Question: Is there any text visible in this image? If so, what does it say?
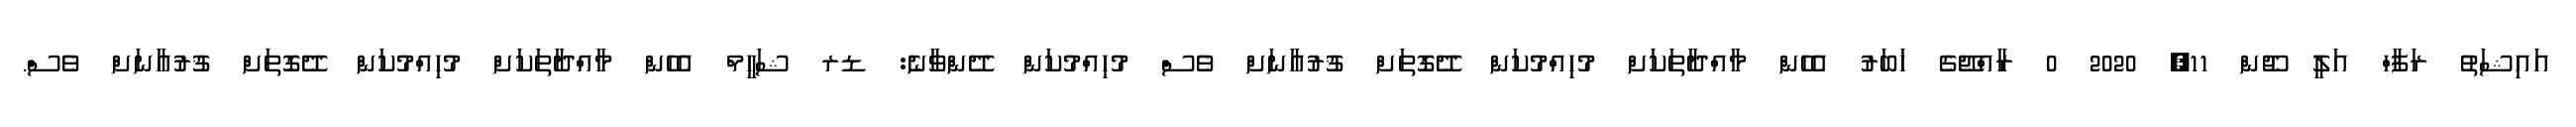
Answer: އައިޝަތު ރަފާހް އަލީ ޖޫން 11, 2020 0 ރާއްޖޭގެ ޚަބަރު އެހެން މާއްދާތަކަށް މުހިއްމުކަން ދޭގޮތަށް ޤުރުއާނަށް ވެސް މުހިއްމުކަން ދޭންވާނެ: ޑރ ޝަހީމް އެހެން މާއްދާތަކަށް މުހިއްމުކަން ދޭގޮތަށް ޤުރުއާނަށް ވެސް.